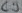
Text: C9